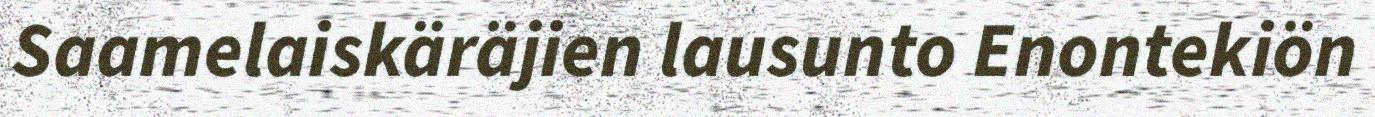
Saamelaiskäräjien lausunto Enontekiön